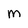
Character: M